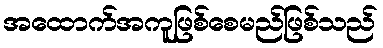
အထောက်အကူဖြစ်စေမည်ဖြစ်သည်